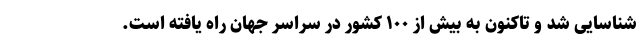
شناسایی شد و تاکنون به بیش از ۱۰۰ کشور در سراسر جهان راه یافته است.